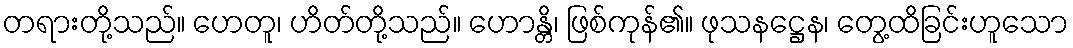
တရားတို့သည်။ ဟေတူ၊ ဟိတ်တို့သည်။ ဟောန္တိ၊ ဖြစ်ကုန်၏။ ဖုသနဋ္ဌေန၊ တွေ့ထိခြင်းဟူသော